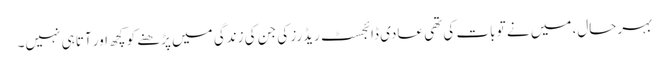
بہرحال، میں نے تو بات کی تھی عادی ڈائجسٹ ریڈرز کی جن کی زندگی میں پڑھنے کو کچھ اور آتا ہی نہیں۔